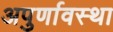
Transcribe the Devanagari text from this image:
अपुर्णावस्था